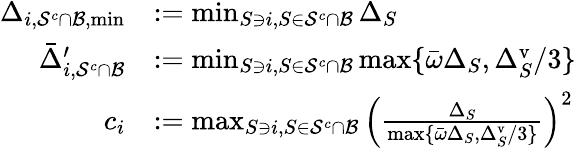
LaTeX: \begin{array}{rl}{\Delta_{i,\mathcal{S}^{c}\cap\mathcal{B},\operatorname*{min}}}&{:=\operatorname*{min}_{S\ni i,S\in\mathcal{S}^{c}\cap\mathcal{B}}\Delta_{S}}\\ {\bar{\Delta}_{i,\mathcal{S}^{c}\cap\mathcal{B}}^{\prime}}&{:=\operatorname*{min}_{S\ni i,S\in\mathcal{S}^{c}\cap\mathcal{B}}\operatorname*{max}\{ \bar{\omega}\Delta_{S},\Delta_{S}^{\mathrm{v}}/3\} }\\ {c_{i}}&{:=\operatorname*{max}_{S\ni i,S\in\mathcal{S}^{c}\cap\mathcal{B}}\left(\frac{\Delta_{S}}{\operatorname*{max}\{ \bar{\omega}\Delta_{S},\Delta_{S}^{\mathrm{v}}/3\} }\right)^{2}}\end{array}